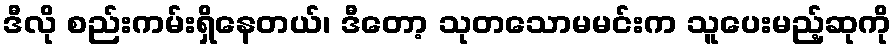
ဒီလို စည်းကမ်းရှိနေတယ်၊ ဒီတော့ သုတသောမမင်းက သူပေးမည့်ဆုကို